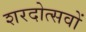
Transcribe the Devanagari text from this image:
शरदोत्सवों